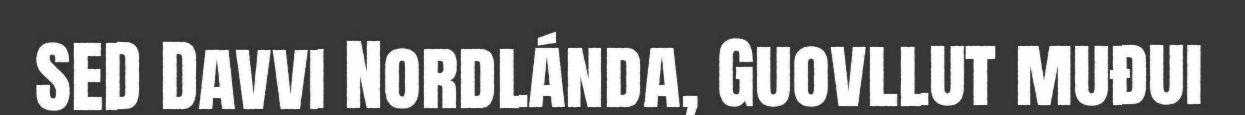
SED Davvi Nordlánda, Guovllut muđui